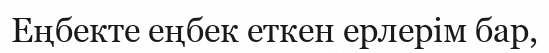
Еңбекте еңбек еткен ерлерім бар,